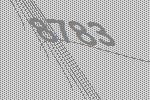
8783